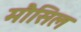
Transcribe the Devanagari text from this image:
मौसिल